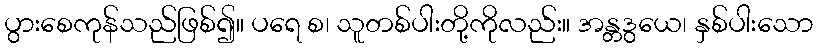
ပွားစေကုန်သည်ဖြစ်၍။ ပရေ စ၊ သူတစ်ပါးတို့ကိုလည်း။ အန္တဒွယေ၊ နှစ်ပါးသော